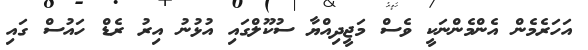
އަހަރެމެން އެންމެންނަކީ ވެސް މަޖީދިއްޔާ ސުކޫލްގައި އުޅުނު އިރު ރެޑް ހައުސް ގައި